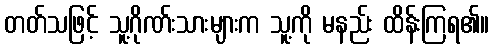
တတ်သဖြင့် သူ့ဂိုဏ်းသားများက သူ့ကို မနည်း ထိန်းကြရ၏။